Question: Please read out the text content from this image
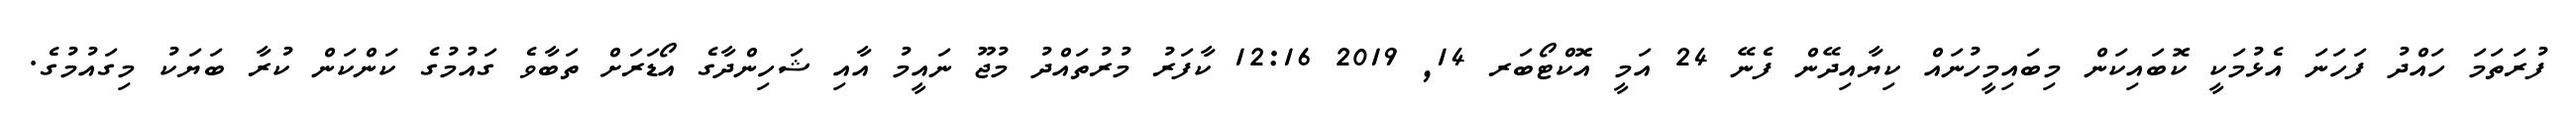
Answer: ފުރަތަމަ ހައްދު ފަހަނަ އެޅުމަކީ ކޮބައިކަން މިބައިމީހުނައް ކިޔާއިދޭން ފެނޭ 24 އަމީ އޮކްޓޯބަރ 14, 2019 12:16 ކާފަރު މުރުތައްދު މުޖޫ ނައީމު އާއި ޝަހިންދާގެ އޯޑަރަށް ތަބާވެ ގައުމުގެ ކަންކަން ކުރާ ބަޔަކު މިގައުމުގެ.